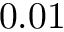
0 . 0 1